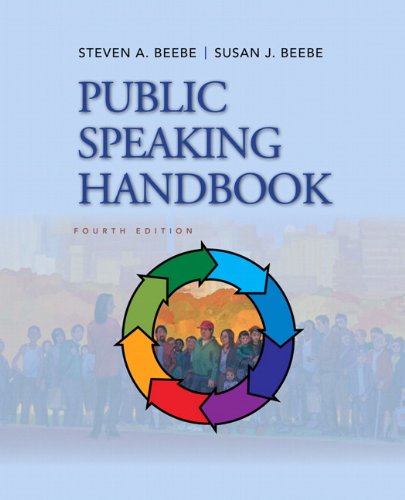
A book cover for Public Speaking Handbook (4th Edition); Steven A. Beebe; Humor & Entertainment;